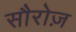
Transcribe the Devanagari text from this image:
सौरोज़